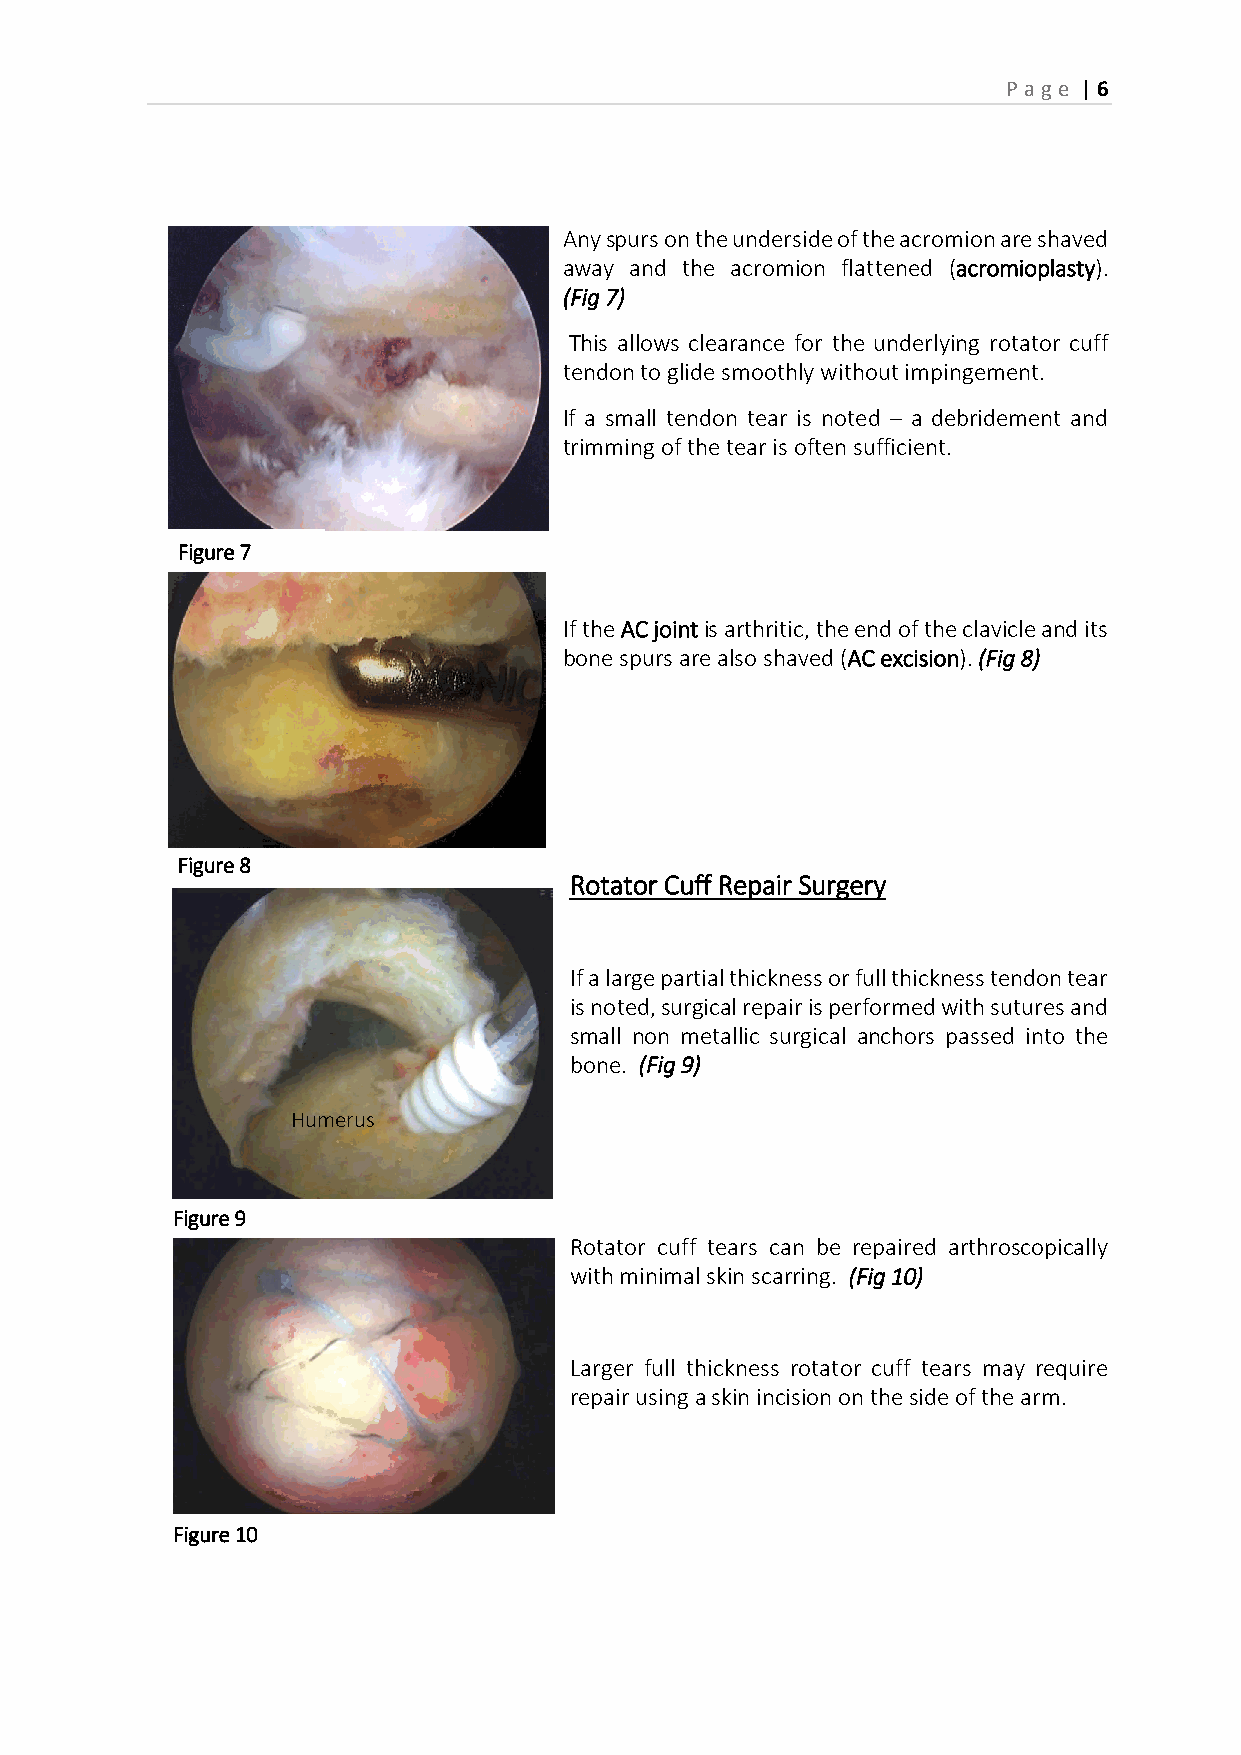
P age | 6
 Any spurs on the underside of the acromion are shaved
 away and the acromion flattened (acromioplasty).
 (Fig 7)
 This allows clearance for the underlying rotator cuff
 tendon to glide smoothly without impingement.
 If a small tendon tear is noted – a debridement and
 Clearance                            trimming of the tear is often sufficient.
 Figure 7
 If the AC joint is arthritic, the end of the clavicle and its
 Acromioplast
 bone spurs are also shaved (AC excision). (Fig 8)
 y
 Figure 8
 Rotator Cuff Repair Surgery
 If a large partial thickness or full thickness tendon tear
 is noted, surgical repair is performed with sutures and
 small non metallic surgical anchors passed into the
 bone. (Fig 9)
 Humerus
 Figure 9
 Rotator cuff tears can be repaired arthroscopically
 with minimal skin scarring. (Fig 10)
 Larger full thickness rotator cuff tears may require
 repair using a skin incision on the side of the arm.
 Figure 10